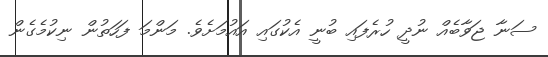
ސަނާ ޖަވާބެއް ނުދީ ހުރެފައި ބުނީ އެކުގައި އައުމަށެވެ. މަންމަ ފަހަތުން ނިކުމެގެން